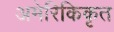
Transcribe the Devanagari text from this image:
अमेरिकिकृत